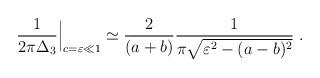
LaTeX: \begin{align*}\frac{1}{2\pi \Delta_3}\Big|_{c = \varepsilon \ll 1} \simeq\frac{2}{(a+b)} \frac{1}{\pi \sqrt{\varepsilon^2 - (a-b)^2}} \;.\end{align*}